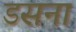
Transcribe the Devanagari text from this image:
डसना